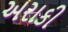
અરાકી